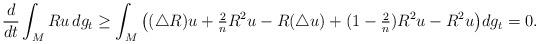
LaTeX: \begin{align*} \frac{d}{dt} \int_M R u \, dg_t\geq \int_M \big( (\triangle R)u + \tfrac2n R^2 u - R (\triangle u) + (1- \tfrac2n) R^2u - R^2 u \big) dg_t = 0. \end{align*}